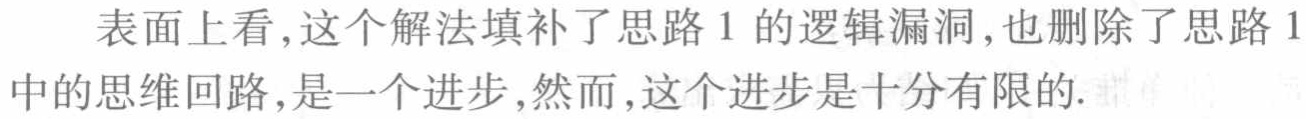
表面上看,这个解法填补了思路 1 的逻辑漏洞,也删除了思路 1中的思维回路,是一个进步,然而,这个进步是十分有限的.